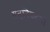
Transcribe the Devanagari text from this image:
सन्निकटनों